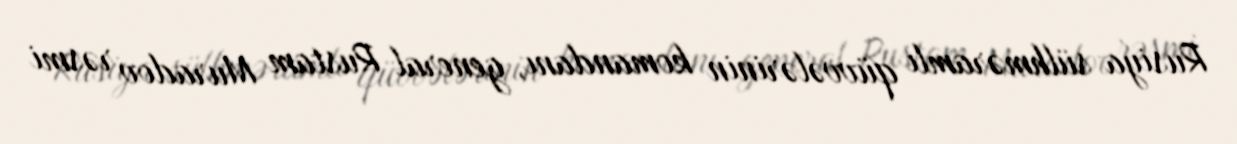
Rusiya sülhməramlı qüvvələrinin komandanı, general Rustam Muradov rəsmi